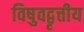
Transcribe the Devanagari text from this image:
विषुवद्वृत्तीय